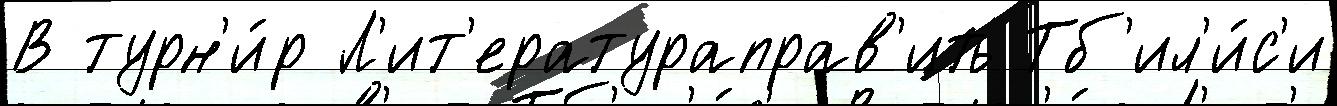
В турн'и́р Л'ит'ератураправ'ить Тб'ил'и́с'и